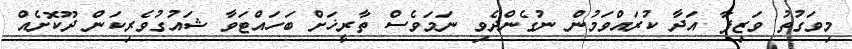
މިވަގުތު ވަޒިފާ އަދާ ކުރައްވަމުން ނުގެންދެވި ނަމަވެސް ތާރީޚަށް ބަހައްޓަވާ ޝައުގުވެރިކަން ދޫކޮށެއް